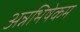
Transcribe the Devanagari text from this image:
अन्नभिषेकम